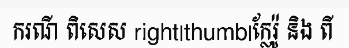
ករណី ពិសេស right|thumb|ក្លែរ៉ូ និង ពី